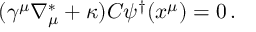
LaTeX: ( \gamma ^ { \mu } \nabla _ { \mu } ^ { \ast } + \kappa ) C \psi ^ { \dagger } ( x ^ { \mu } ) = 0 \, .